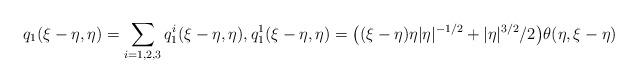
LaTeX: \begin{align*} q_{1}(\xi-\eta, \eta) =\sum_{i=1,2,3} q_{1}^i(\xi-\eta, \eta),q_{1}^1(\xi-\eta, \eta)=\big((\xi-\eta)\eta |\eta|^{-1/2}+ |\eta|^{3/2}/2\big)\theta(\eta, \xi-\eta) \end{align*}